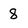
Character: 8